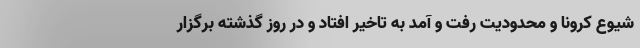
شیوع کرونا و محدودیت رفت و آمد به تاخیر افتاد و در روز گذشته برگزار